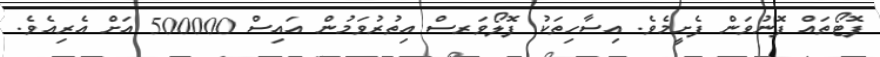
ފޮޓޯތައް ފޮނުވަން ފެށީމެވެ. އިސާހިތަކު ފޮލޯވަރސް އިތުރުވަމުން އައިސް 500000 އަށް އެރިއެވެ.